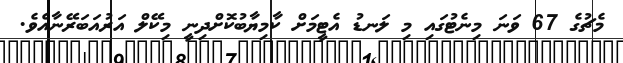
މެޗުގެ 67 ވަނަ މިނެޓުގައި މި ލަނޑު އެޓީމަށް ކާމިޔާބުކޮށްދިނީ މިކޭލް އަރުއަބަރޭނާއެވެ.